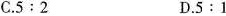
C.$$5:2$$ D.$$5:1$$